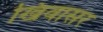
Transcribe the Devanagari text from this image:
खिंवासर